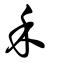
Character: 禾